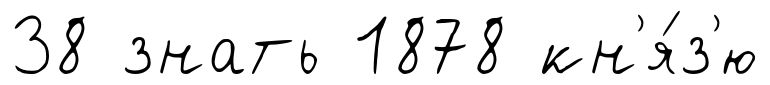
38 знать 1878 кн'я́з'ю